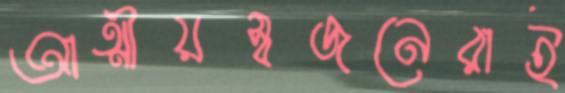
আত্মীয়স্বজনেরাই